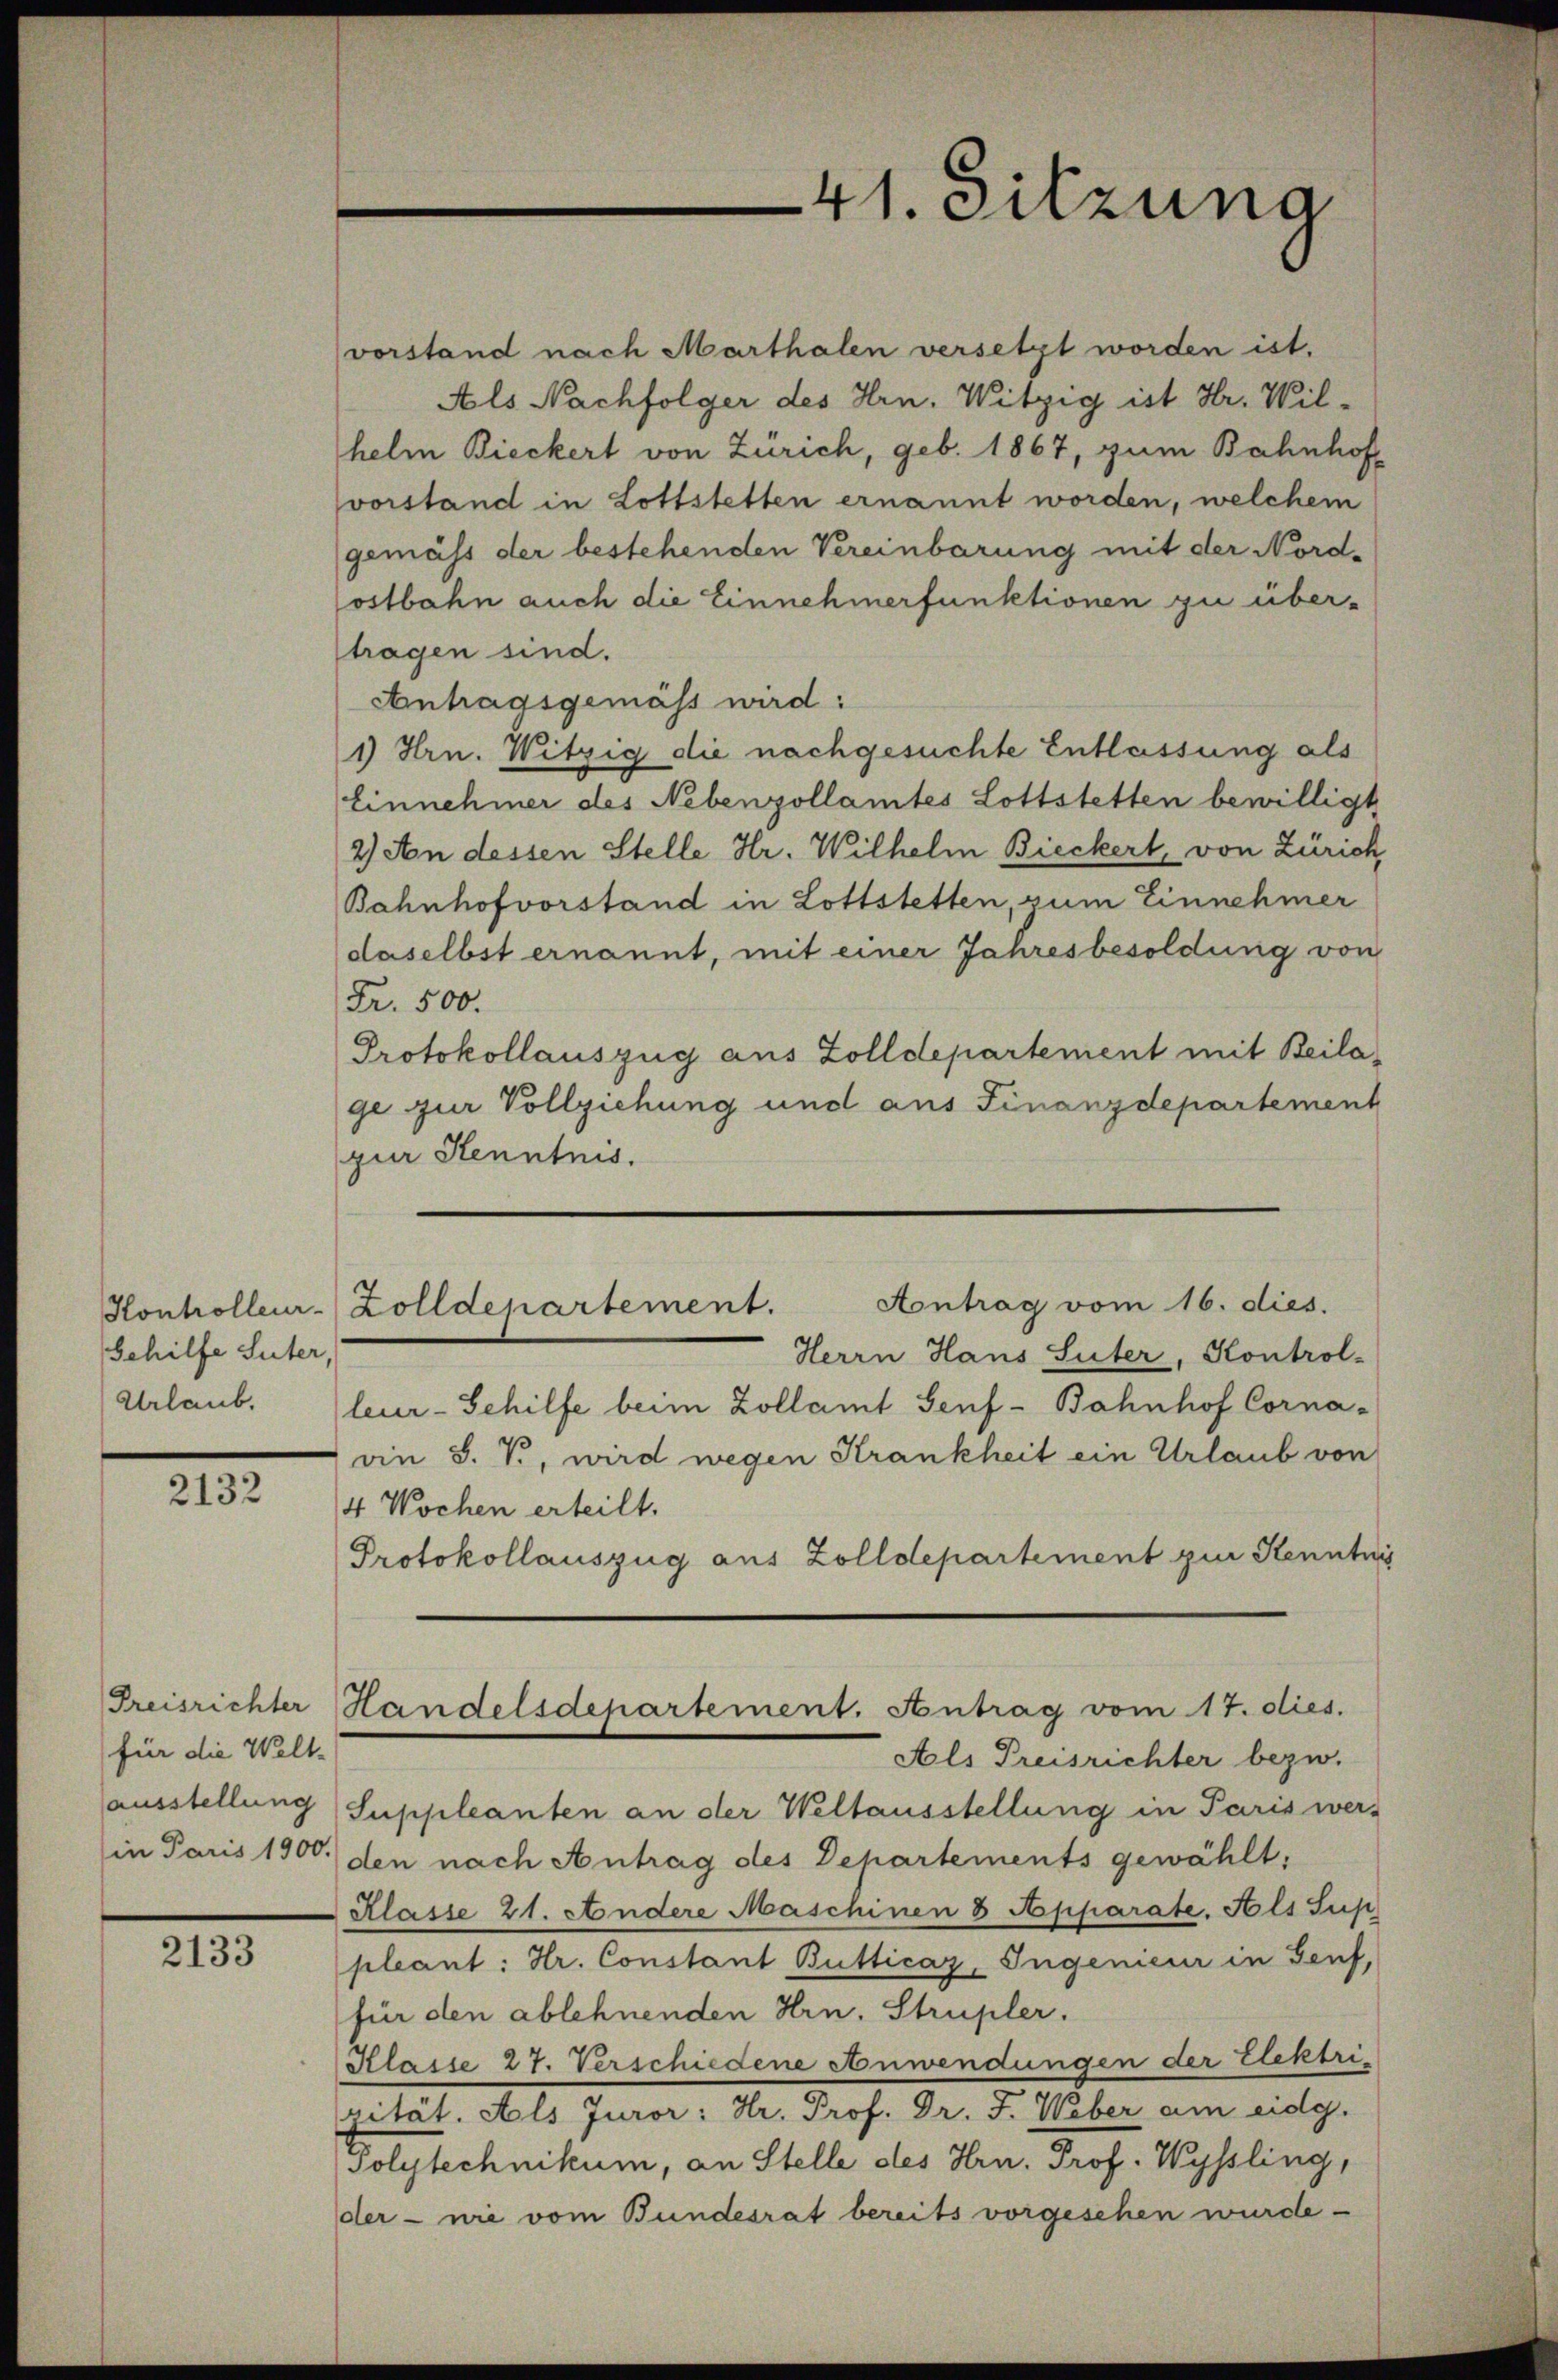
Gehilfe Suter,
Urlaub.

2132

für die Welt-

2133

41. Sitzung

vorstand nach Marthalen versetzt worden ist.
Als Nachfolger des Hrn. Witzig ist Hr. Wilhelm Bieckert von Zürich, geb. 1867, zum Bahnhof
svorstand in Lottstetten ernannt worden, welchem
gemäss der bestehenden Vereinbarung mit der Nordostbahn auch die Einnehmerfunktionen zu über-
tragen sind.
Antagsgemäss wird:
1) Hrn. Witzig die nachgesuchte Entlassung als
Einnehmer des Nebenzollamtes Lottstetten bewilligt
2) An dessen Stelle Hr. Wilhelm Bieckert, von Zürich,
Bahnhofvorstand in Lottstetten, zum Einnehmer
daselbst ernannt, mit einer Jahresbesoldung von
Fr. 500.
Protokollauszug aus Zolldepartement mit Beilage zur Vollziehung und aus Finanzdepartement
zur Kenntnis.
Aontrag vom 16. dies.
Honholleur-Zolldepartement.
Herrn Hans Suter, Kontrol-
leur-Schilfe beim Zollamt Senf-Bahnhof Corna-
ain S. V., wird wegen Krankheit ein Urlaub von
4 Wochen erteilt.
Protokollauszug aus Zolldepartement zur Kenntni
Preisrichter Handelsdepartement. Antrag vom 17. dies.
Als Preisrichter bezw.
ausstellung Suppleanten an der Weltausstellung in Paris wer-
in Paris 1900 den nach Antrag des Dehartements gewählt,
 Klasse 21. Andere Maschinen 8 Apparate. Als Sup
pleant: Hr. Constant Butticaz, Ingenieur in Genf,
für den ablehnenden Hrn. Strupler.
Klasse 27. Verschiedene Anwendungen der Elektri
pität. Als Juror: Hr. Prof. Dr. J. Weber am eidg.
Polytechnikum, an Stelle des Hrn. Prof. Wyssling,
der nie vom Bundesrat bereits vorgesehen wurde -